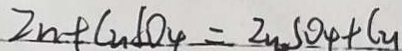
Z n + C u S O _ { 4 } = Z u S O _ { 4 } + C u